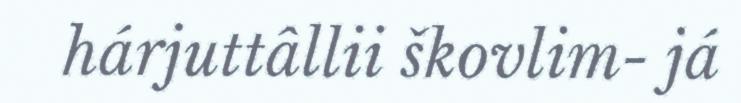
hárjuttâllii škovlim- já